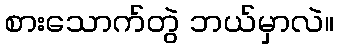
စားသောက်တွဲ ဘယ်မှာလဲ။